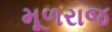
મૂળરાજ